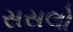
સસલો